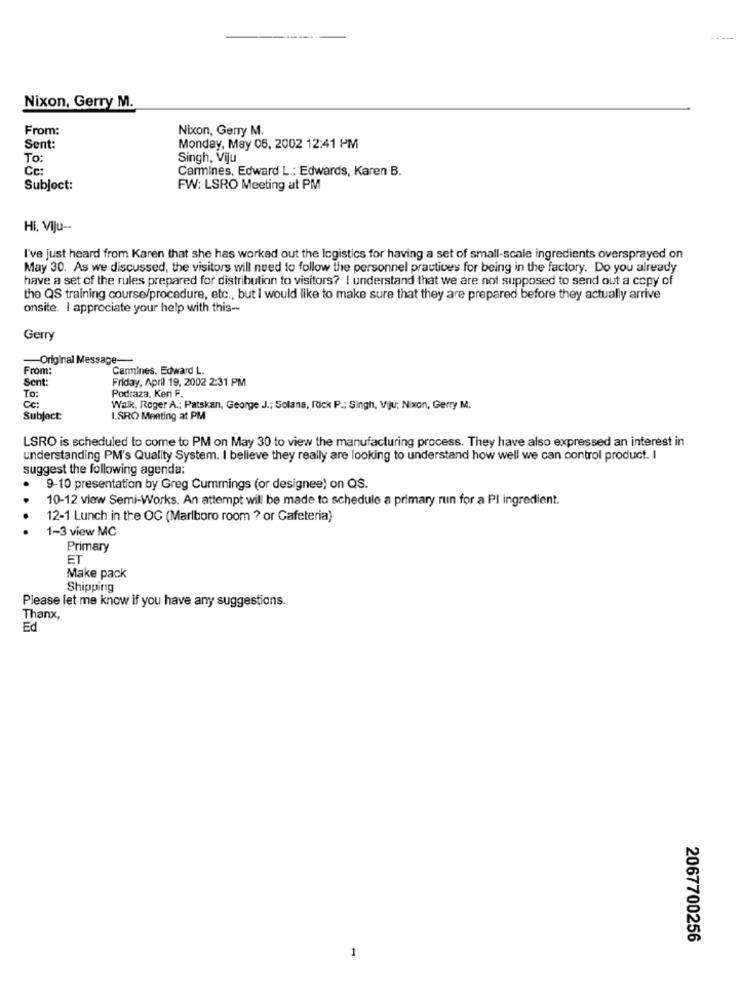
Nixon, Gerry M.
From:
Nixon, Gerry M.
Sent:
Monday, May 06, 2002 12:41 PM
To:
Singh, Viju
Cc:
Carmines, Edward L .; Edwards, Karen B.
Subject:
FW: LSRO Meeting at PM
Hi, Viju --
I've just heard from Karen that she has worked out the Icgistics for having a set of small-scale ingredients oversprayed on
May 30. As we discussed, the visitors will need to follow the personnel practices for being in the factory. Do you already
have a set of the rules prepared for distribution to visitors? I understand that we are not supposed to send out a copy of
the QS training course/procedure, etc ., but I would like to make sure that they are prepared before they actually arrive
onsite. I appreciate your help with this --
Gerry
Original Message-
From:
Carmines, Edward L.
Sent:
Friday, April 19, 2002 2:31 PM
Podraza. Ken F.
To:
Cc:
Walk, Roger A .: Patskan, George J .; Solana, Rick P .; Singh, Viju; Nixon, Gerry M.
Subject:
I.SRO Meeting at PM
LSRO is scheduled to come to PM on May 30 to view the manufacturing process. They have also expressed an interest in
understanding PM's Quality System. I believe they really are looking to understand how well we can control product. I
suggest the following agenda:
9-10 presentation by Greg Cummings (or designee) on QS.
10-12 view Semi-Works. An attempt will be made to schedule a primary run for a PI ingredient.
12-1 Lunch in the OC (Marlboro room ? or Cafeteria)
1-3 view MC
Primary
ET
Make pack
Shipping
Please let me know if you have any suggestions.
Thanx,
Ed
2067700256
1